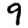
Digit: 9